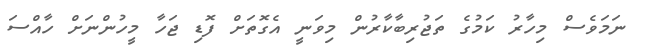
ނަމަވެސް މިހާރު ކަމުގެ ތަޖުރިބާކާރުން މިވަނީ އެގޮތަށް ފޮޑި ޖަހާ މީހުންނަށް ހާއްސަ